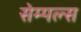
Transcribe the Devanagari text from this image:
सेम्पल्स